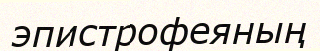
эпистрофеяның